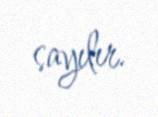
sayılır.